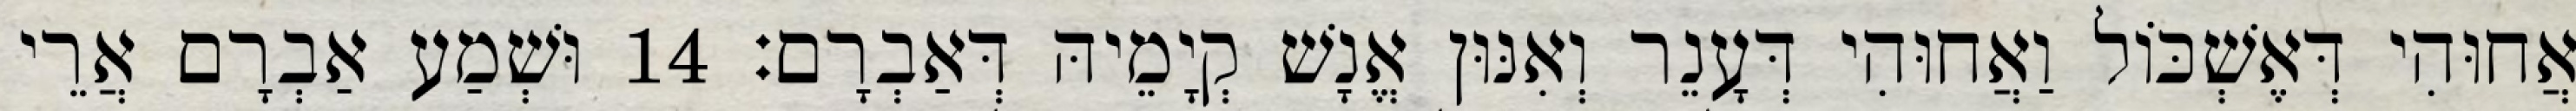
אֲחוּהִי דְּאֶשְׁכּוֹל וַאֲחוּהִי דְּעָנֵר וְאִנּוּן אֱנָשׁ קְיָמֵיהּ דְּאַבְרָם׃ 14 וּשְׁמַע אַבְרָם אֲרֵי